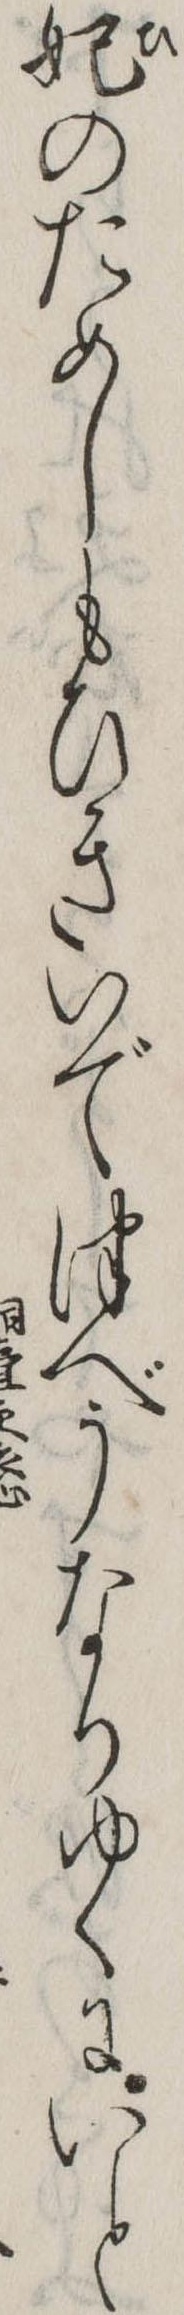
妃のためしもひきいでつべうなりゆくにいと